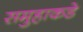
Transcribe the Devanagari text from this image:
समुहाकडे